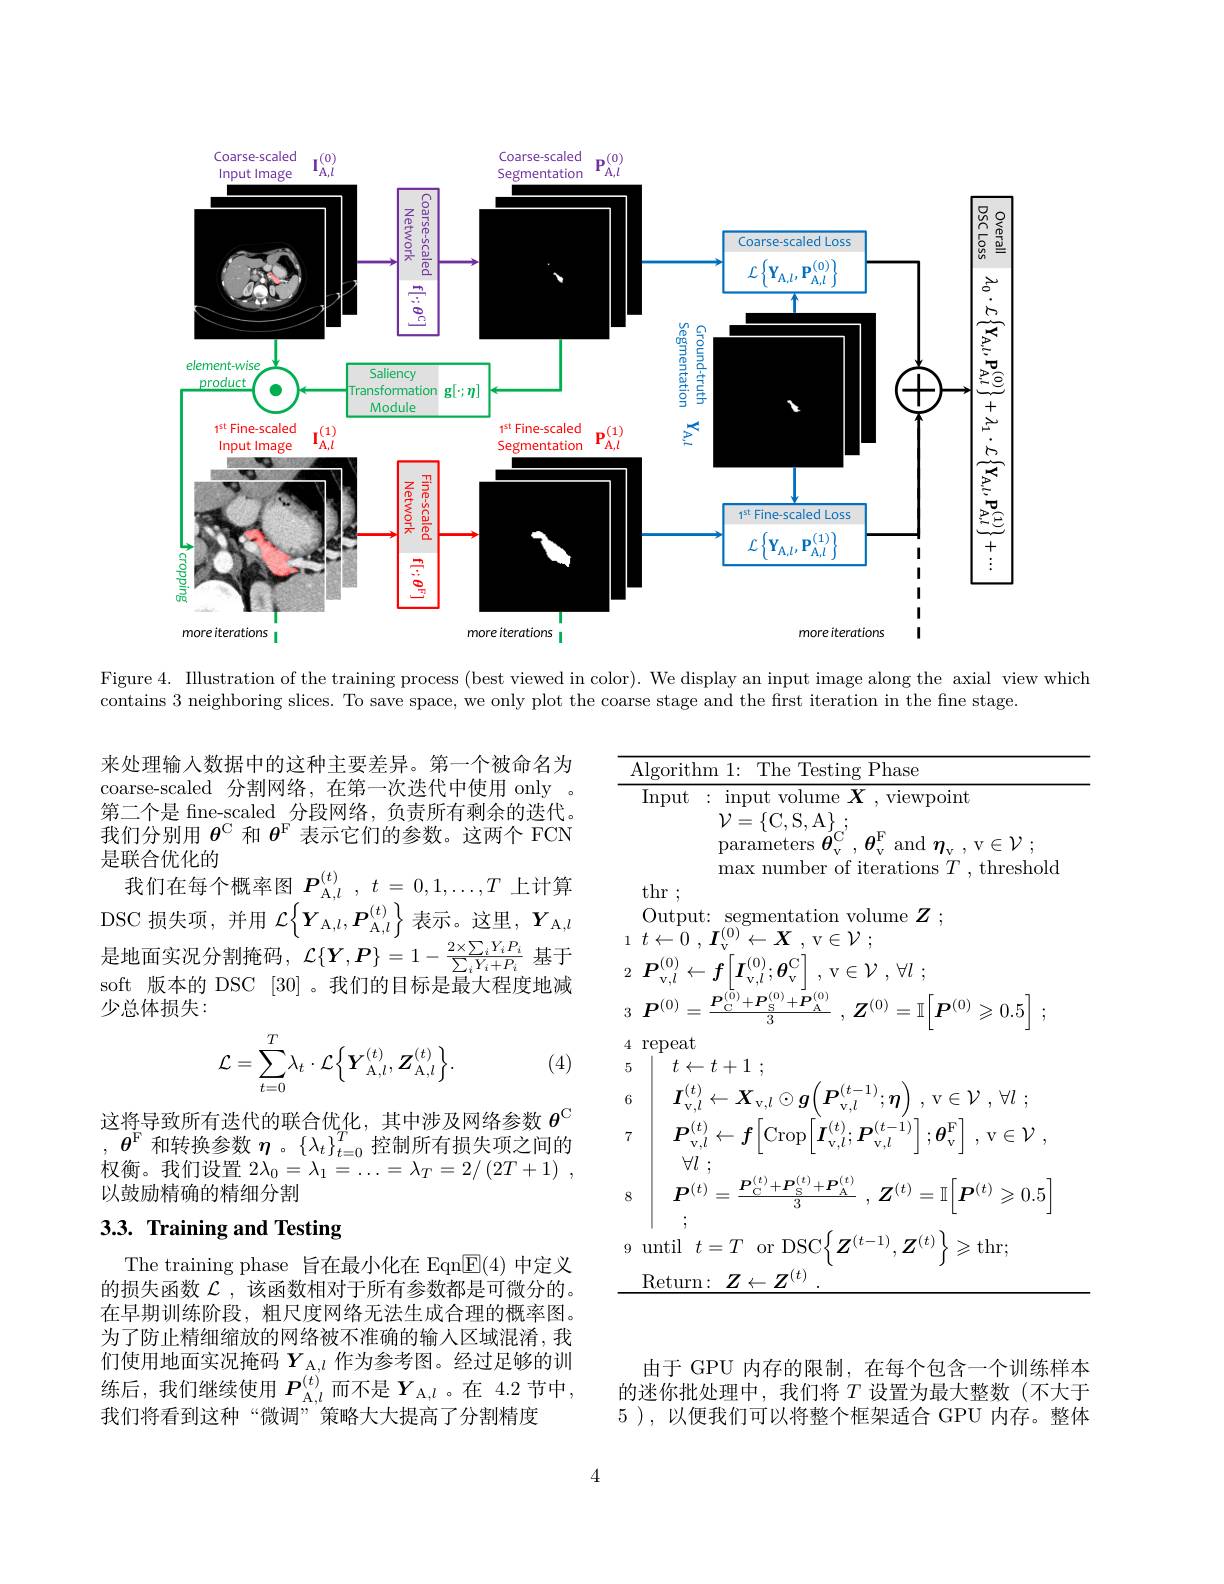
<FigureHere>

Figure 4. Illustration of the training process (best viewed in color). We display an input image along the axial view which

contains 3 neighboring slices. To save space, we only plot the coarse stage and the first iteration in the fine stage.

来处理输入数据中的这种主要差异。第一个被命名为coarse-scaled 分割网络，在第一次迭代中使用 only 第二个是 fine-scaled\_分段网络，负责所有剩余的迭代。我们分别用$\theta^\mathrm{C}$和$\theta^\mathrm{F}$表示它们的参数。这两个 FCN 是联合优化的
我们在每个概率图$\boldsymbol P_{\mathrm{A},l}^{(t)},t=0,1,\ldots,T$ 上计算DSC 损失项，并用$\mathcal{L} \left \{ Y_{\mathrm{A} , l}, \boldsymbol{P}_{\mathrm{A} , l}^{( t) }\right \}$表示。这里，$Y_{\mathrm{A},l}$ 是地面实况分割掩码，$\mathcal{L}\{\boldsymbol Y,\boldsymbol{P}\}=1-\frac{2\times\sum_{i}Y_{i}P_{i}}{\sum_{i}Y_{i}+P_{i}}$基于soft 版本的 DSC [30] 。我们的目标是最大程度地减少总体损失：
$$\mathcal{L}=\sum\limits_{t=0}^T\lambda_t\cdot\mathcal{L}\Big\{\boldsymbol{Y}_{\mathrm A,l}^{(t)},\boldsymbol{Z}_{\mathrm A,l}^{(t)}\Big\}.$$
<table>
	<tbody>
		<tr>
			<td>A 1 L</td>
			<td>$\operatorname{Algorithr}$</td>
		</tr>
		<tr>
			<td> </td>
			<td>Input</td>
		</tr>
		<tr>
			<td> </td>
			<td>thr</td>
		</tr>
		<tr>
			<td> </td>
			<td>$UIII$ Output: </td>
		</tr>
		<tr>
			<td>4 11 5</td>
			<td>repeat $t$</td>
		</tr>
		<tr>
			<td>6</td>
			<td>$\cdot(t)$ $I$</td>
		</tr>
		<tr>
			<td>7</td>
			<td>$,(t)$ $P$ $I$ $V$</td>
		</tr>
		<tr>
			<td>8</td>
			<td>$\boldsymbol{P}(t)$</td>
		</tr>
		<tr>
			<td>9</td>
			<td>until $t$</td>
		</tr>
		<tr>
			<td> </td>
			<td>$\operatorname{Return}$</td>
		</tr>
	</tbody>
</table>

$_{t=0}$ 这 将 导 致 所 有 迭 代 的 联 合 优 化 , 其 中 涉 及 网 络 参 数 $\boldsymbol{\theta }^{\mathrm{C} }$ $, \boldsymbol{\theta }^{\mathrm{F} }$ 和 转 换 参 数 $\boldsymbol{\eta }$。$\{ \lambda _t\} _{t= 0}^{T}$控 制 所 有 损 失 项 之 间 的 权 衡 。我 们 设 置 $2\lambda _{0}= \lambda _{1}= \ldots = \lambda _{T}= 2/ ( 2T+ 1)$ ,

(4)

以鼓励精确的精细分割

## 3.3. Training and Testing

The training phase 旨在最小化在 Eqn$\overline{\mathrm{E}}(4)$中定义的损失函数$\mathcal{L}$ ,该函数相对于所有参数都是可微分的。在早期训练阶段，粗尺度网络无法生成合理的概率图。为了防止精细缩放的网络被不准确的输入区域混淆，我们使用地面实况掩码$Y_\mathrm{A,l}$作为参考图。经过足够的训练后，我们继续使用 $P_{\mathrm{A},l}^{(t)}$而不是 $Y_{\mathrm{A},l}$ 。在 4.2 节中， 我们将看到这种“微调”策略大大提高了分割精度

由于 GPU 内存的限制，在每个包含一个训练样本的迷你批处理中，我们将$T$设置为最大整数(不大于5 ), 以便我们可以将整个框架适合 GPU 内存。整体

4